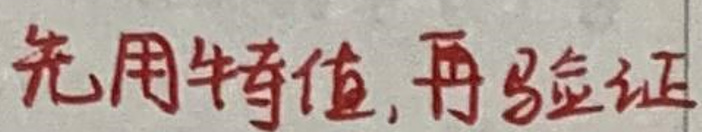
先算特值，再验证